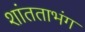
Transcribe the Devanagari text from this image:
शांतताभंग